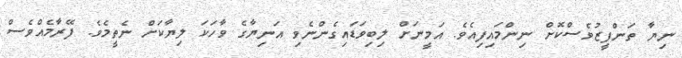
ނިޔާ ތަންފީޒުވެސްކޮށް ނިންމައިފިއެވެ. އަމީނަށް ލިބިވަޑައިގެންނެވި އަނިޔާގެ ވާހަކަ ލިޔާކަށް ނެތީމެވެ. ފޭރާމެއްވެސް